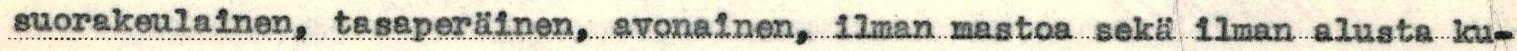
suorakeulainen, tasaperäinen, avonainen, ilman mastoa sekä ilman alusta ku-